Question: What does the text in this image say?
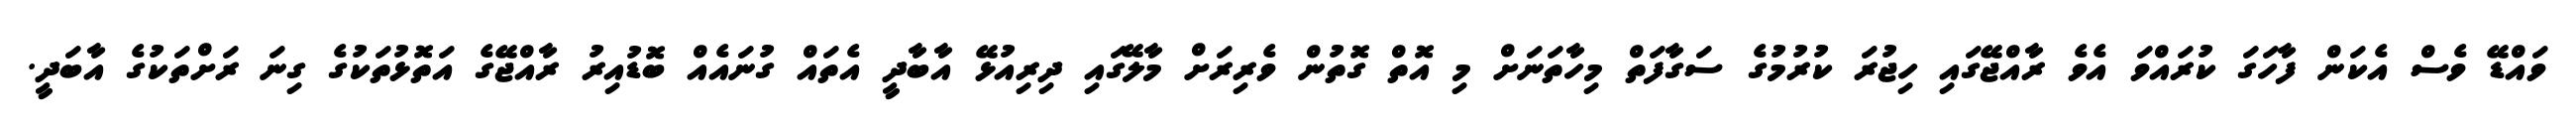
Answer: ވައްޑޭ ވެސް އެކަން ފާހަގަ ކުރައްވަ އެވެ ރާއްޖޭގައި ހިޖުރަ ކުރުމުގެ ސަގާފަތް މިހާތަނަށް މި އޮތް ގޮތުން ވެރިރަށް މާލޭގައި ދިރިއުޅޭ އާބާދީ އެތައް ގުނައެއް ބޮޑުއިރު ރާއްޖޭގެ އަތޮޅުތަކުގެ ގިނަ ރަށްތަކުގެ އާބަދީ.